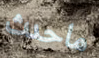
ماحدث